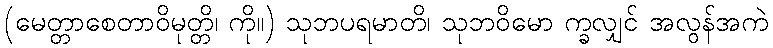
(မေတ္တာစေတာဝိမုတ္တိ၊ ကို။) သုဘပရမာတိ၊ သုဘဝိမော က္ခလျှင် အလွန်အကဲ